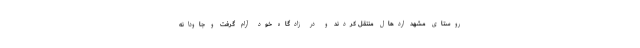
روستای مشهد اردهال منتقل کردند و در زادگاه خود آرام گرفت و جاودانه